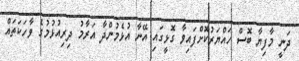
ދަނީ މާފިޔާ ބޮސް ހައްޔަރުކޮށްފައިވާ ގޮޅީގައި އޭނާ އުޅެމުންދާ އަރާމު ދިރިއުޅުމުގެ ވާހަކަތައް